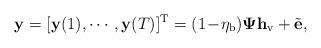
LaTeX: \begin{align*}\mathbf{y}=[\mathbf{y}(1), \cdots, \mathbf{y}(T)]^{\rm T}=(1\!-\!\eta_{\rm b})\mathbf{\Psi}\mathbf{h}_{\rm v}+\tilde{\mathbf{e}},\end{align*}